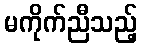
မကိုက်ညီသည့်